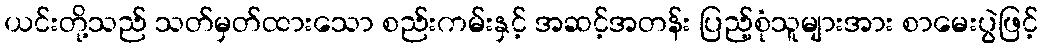
ယင်းတို့သည် သတ်မှတ်ထားသော စည်းကမ်းနှင့် အဆင့်အတန်း ပြည့်စုံသူများအား စာမေးပွဲဖြင့်